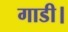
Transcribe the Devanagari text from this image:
गाडी।